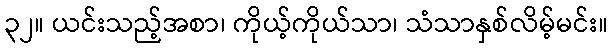
၃၂။ ယင်းသည့်အစာ၊ ကိုယ့်ကိုယ်သာ၊ သံသာနှစ်လိမ့်မင်း။